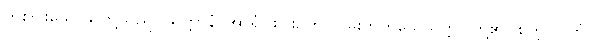
တစ်ပါးသောသူတို့သည်။ သတ္တာနံ၊ အာရုံငါးပါး၌ကပ်ငြိမ်းတတ်သေသတ္တဝါတို့၏။ စုတူပပါတံ၊